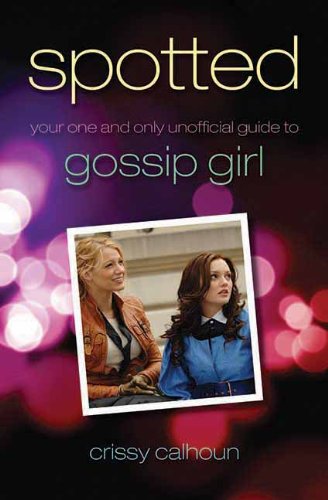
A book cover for Spotted: Your One and Only Unofficial Guide to Gossip Girl; Crissy Calhoun; Humor & Entertainment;